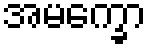
အမက္ခော